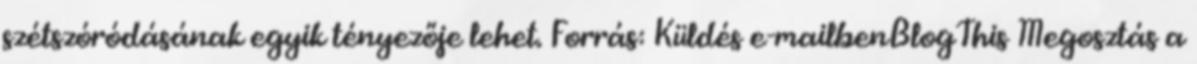
szétszóródásának egyik tényezője lehet. Forrás: Küldés e-mailbenBlogThis Megosztás a